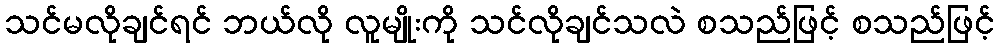
သင်မလိုချင်ရင် ဘယ်လို လူမျိုးကို သင်လိုချင်သလဲ စသည်ဖြင့် စသည်ဖြင့်